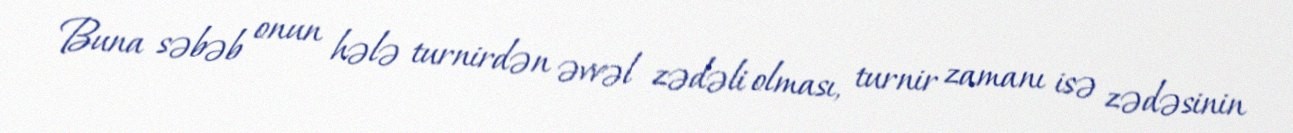
Buna səbəb onun hələ turnirdən əvvəl zədəli olması, turnir zamanı isə zədəsinin